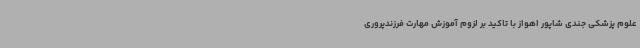
علوم پزشکی جندی شاپور اهواز با تاکید بر لزوم آموزش مهارت فرزندپروری